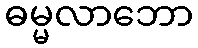
ဓမ္မလာဘော